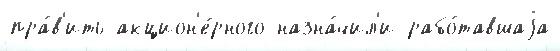
пра́в'ить акцион'е́рного назна́чил'и рабо́тавшаjа